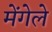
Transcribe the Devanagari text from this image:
मेंगेले